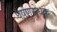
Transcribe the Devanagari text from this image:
घर्षणरोधक